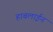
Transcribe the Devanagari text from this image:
हाबलाईन